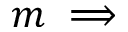
m \implies